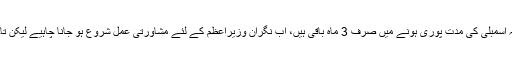
اسلام آباد میں میڈیا سے بات کرتے ہوئے پارلیمنٹ میں قائدِ حزبِ اختلاف خورشید شاہ کا کہنا تھا کہ اسمبلی کی مدت پوری ہونے میں صرف 3 ماہ باقی ہیں، اب نگران وزیراعظم کے لئے مشاورتی عمل شروع ہو جانا چاہیے لیکن تاحال وزیراعظم کی جانب سے کوئی رابطہ نہیں کیا گیا اور نا ہی کوئی مشاورتی عمل شروع ہوسکا۔